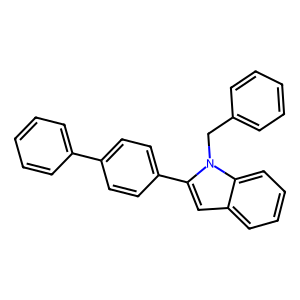
SMILES: c1ccc(Cn2c(-c3ccc(-c4ccccc4)cc3)cc3ccccc32)cc1
Inhibits HIV replication: No